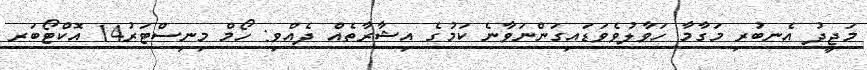
މަޖީދު އެނބުރި މަގާމާ ހަވާލުވެވަޑައިގަންނަވާނެ ކަމުގެ އިޝާރާތެއް ދެއްވި: ހޯމް މިނިސްޓަރު14 އޮކްޓޯބަރ